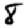
Digit: 8